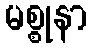
မစ္စုနာ